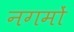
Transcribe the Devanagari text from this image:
नगमों